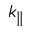
k _ { \| }